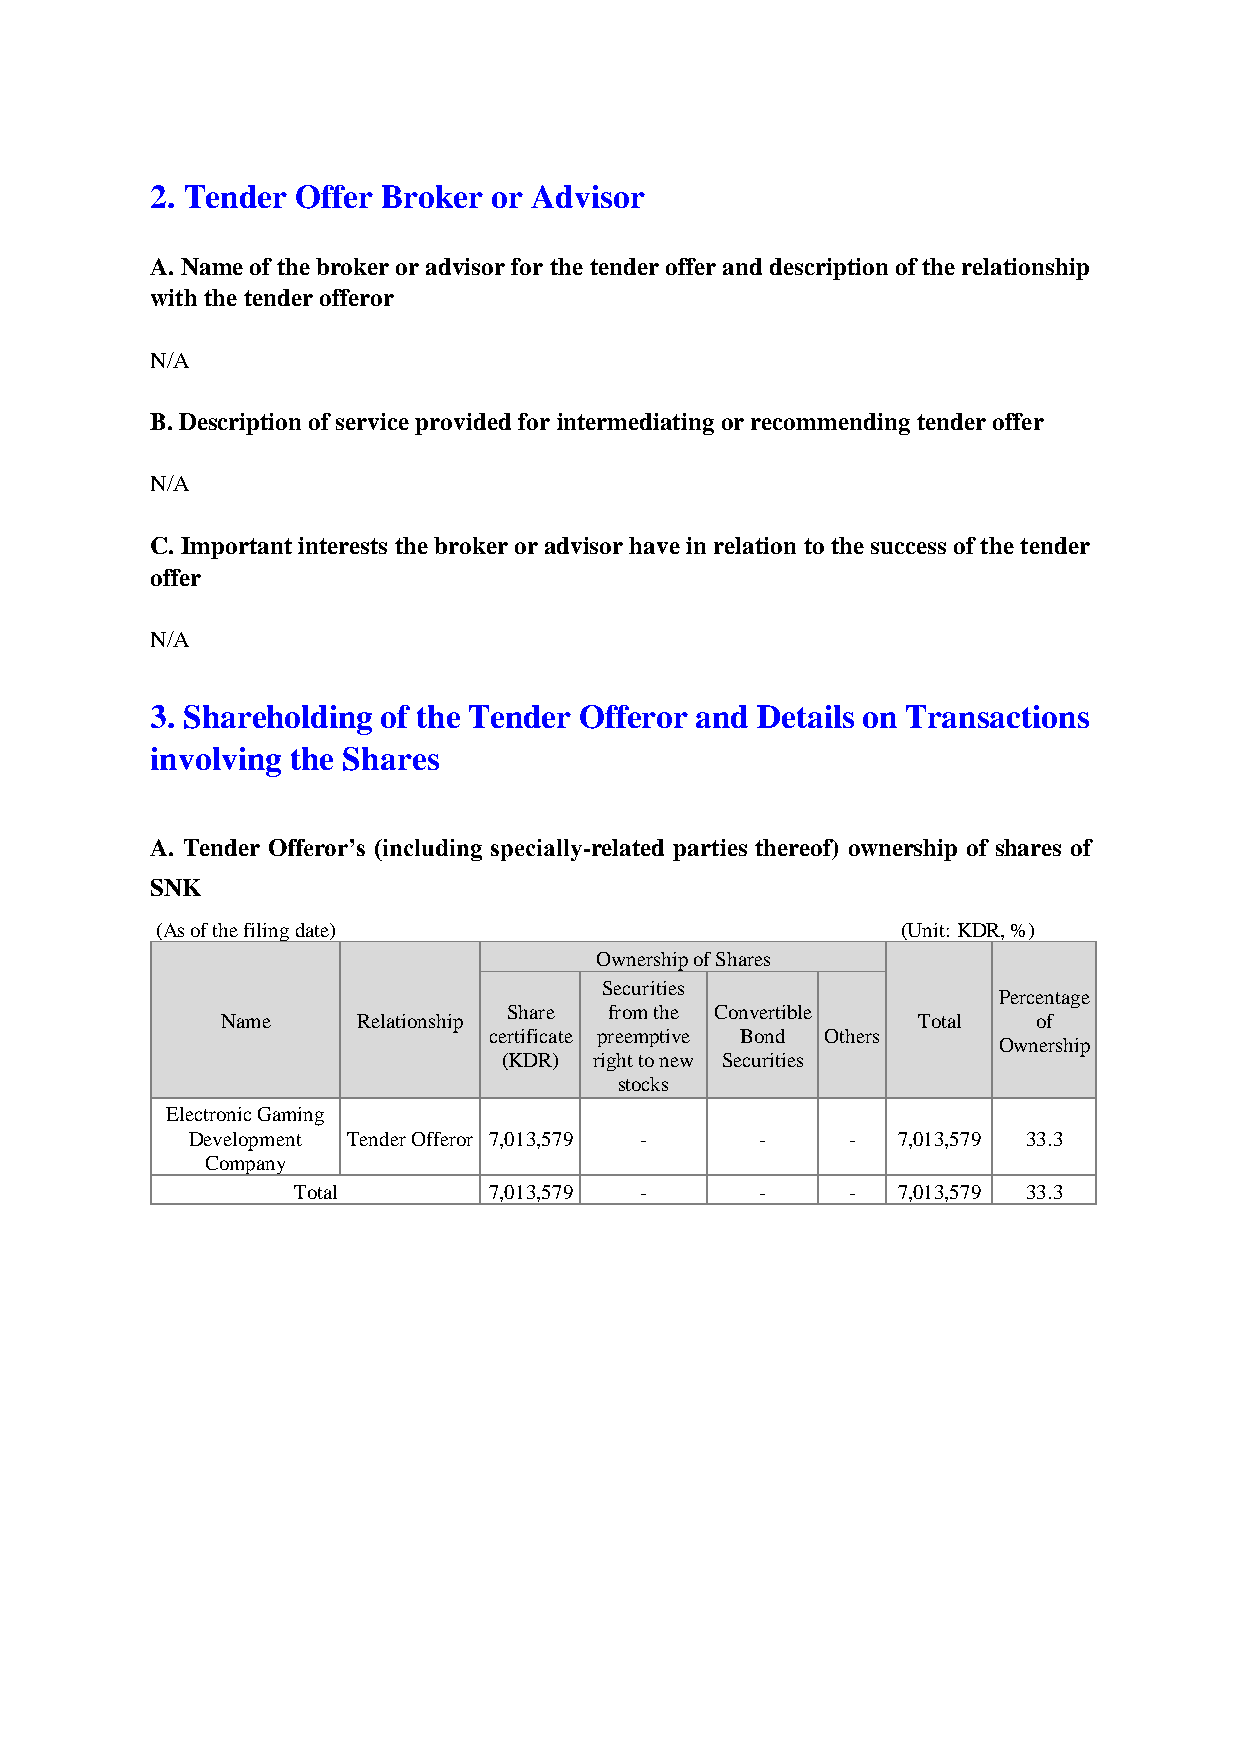
2. Tender Offer Broker or Advisor
 A. Name of the broker or advisor for the tender offer and description of the relationship
 with the tender offeror
 N/A
 B. Description of service provided for intermediating or recommending tender offer
 N/A
 C. Important interests the broker or advisor have in relation to the success of the tender
 offer
 N/A
 3. Shareholding of the Tender Offeror and Details on Transactions
 involving the Shares
 A. Tender Offeror’s (including specially-related parties thereof) ownership of shares of
 SNK
 (As of the filing date)                           (Unit: KDR, %)
 Ownership of Shares
 Securities
 Percentage
 Share from the Convertible
 Name     Relationship                         Total   of
 certificate preemptive Bond Others
 Ownership
 (KDR) right to new Securities
 stocks
 Electronic Gaming
 Development Tender Offeror 7,013,579 - -   -  7,013,579 33.3
 Company
 Total        7,013,579 -       -     -  7,013,579 33.3